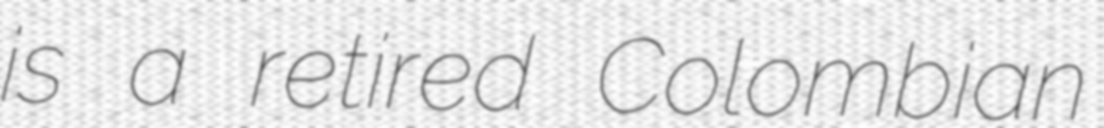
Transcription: is a retired Colombian